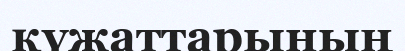
қүжаттарының